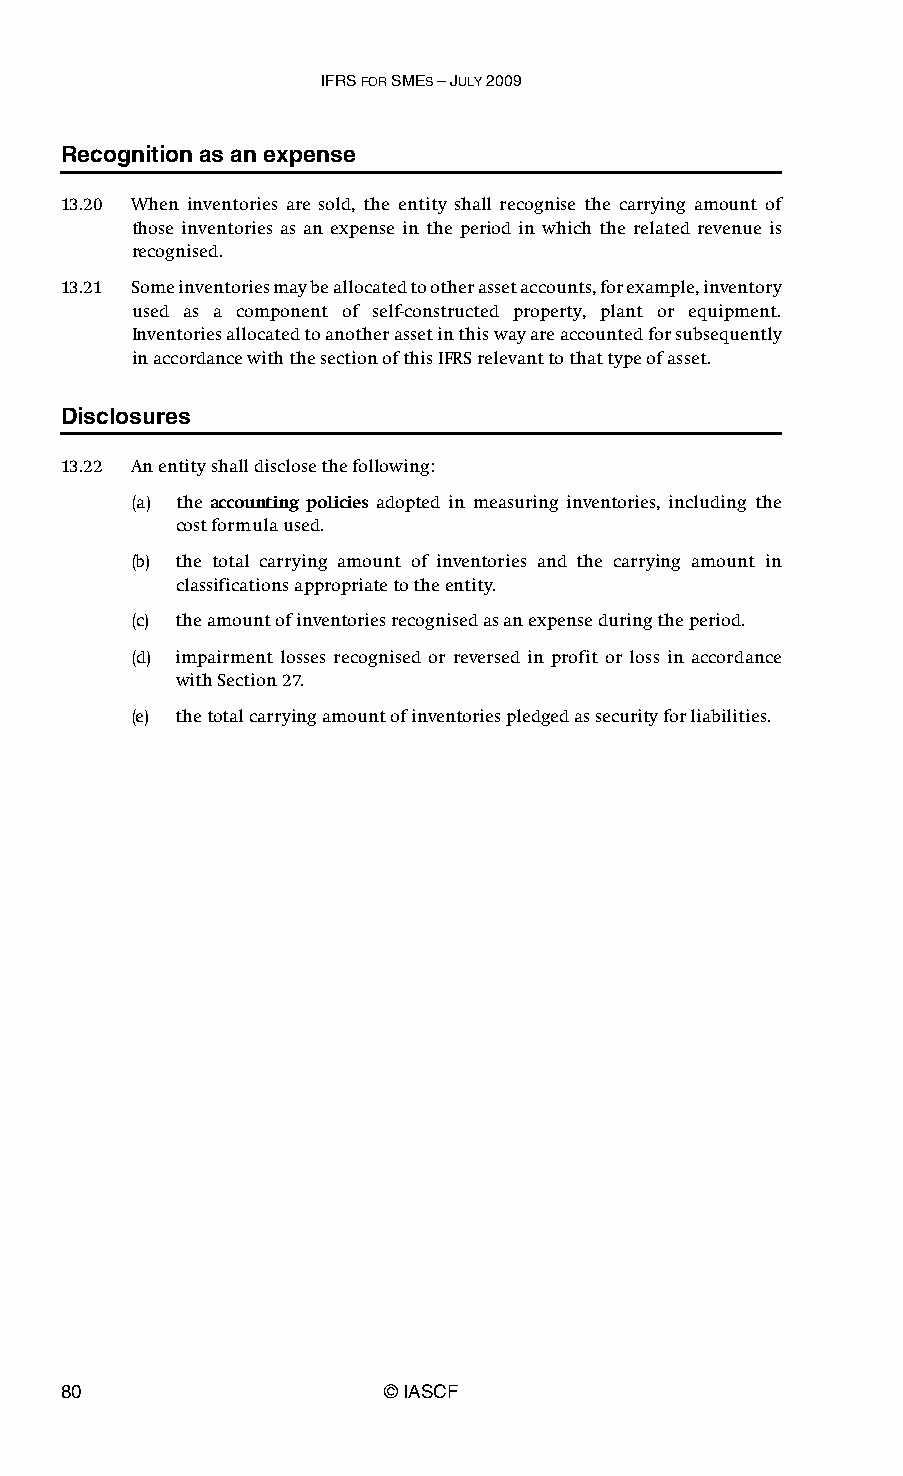
IFRS FOR SMES – JULY 2009
 Recognition as an expense
 13.20 When inventories are sold, the entity shall recognise the carrying amount of
 those inventories as an expense in the period in which the related revenue is
 recognised.
 13.21 Some inventories may be allocated to other asset accounts, for example, inventory
 used as a component of self-constructed property, plant or equipment.
 Inventories allocated to another asset in this way are accounted for subsequently
 in accordance with the section of this IFRS relevant to that type of asset.
 Disclosures
 13.22 An entity shall disclose the following:
 (a) the accounting policies adopted in measuring inventories, including the
 cost formula used.
 (b) the total carrying amount of inventories and the carrying amount in
 classifications appropriate to the entity.
 (c) the amount of inventories recognised as an expense during the period.
 (d) impairment losses recognised or reversed in profit or loss in accordance
 with Section 27.
 (e) the total carrying amount of inventories pledged as security for liabilities.
 80                    © IASCF